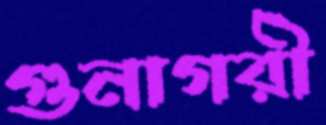
গুনাগরী